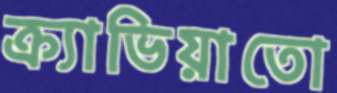
ক্র্যাভিয়াতো